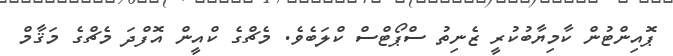
ޕޮއިންޓުން ކާމިޔާބުކުރީ ޒެނިތު ސްޕޯޓްސް ކްލަބެވެ. މެޗްގެ ކްއީން އޮފްދަ މެޗްގެ މަޤާމް